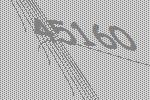
45160